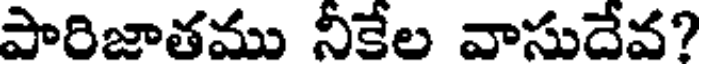
పారిజాతము నీకేల వాసుదేవ?